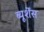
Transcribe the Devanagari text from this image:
ब्यूर्शेंस